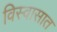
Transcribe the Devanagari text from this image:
विस्वासात